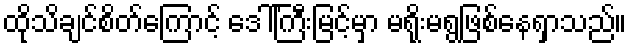
ထိုသိချင်စိတ်ကြောင့် ဒေါ်ကြီးမြင့်မှာ မရိုးမရွဖြစ်နေရှာသည်။